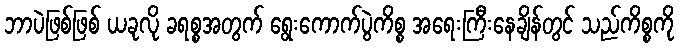
ဘာပဲဖြစ်ဖြစ် ယခုလို ခရစ္စအတွက် ရွေးကောက်ပွဲကိစ္စ အရေးကြီးနေချိန်တွင် သည်ကိစ္စကို